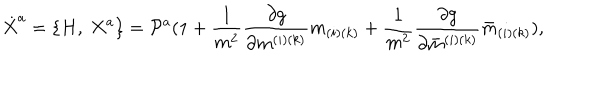
{ \dot { X } } ^ { a } = \{ H , \ X ^ { a } \} = { \cal P } ^ { a } ( 1 + { \frac { 1 } { m ^ { 2 } } } { \frac { \partial g } { \partial m ^ { ( i ) ( k ) } } } m _ { ( i ) ( k ) } + { \frac { 1 } { m ^ { 2 } } } { \frac { \partial g } { \partial { \bar { m } } ^ { ( i ) ( k ) } } } { \bar { m } } _ { ( i ) ( k ) } ) ,